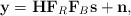
LaTeX: \begin{align*} \mathbf{y} = \mathbf{H} \mathbf{F}_R\mathbf{F}_B \mathbf{s} + \mathbf{n},\end{align*}